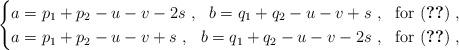
LaTeX: \begin{align*} \begin{cases} a = p_1+p_2-u-v-2s \ , \ \ b = q_1+q_2-u-v+s \ , \ \ \mbox{for (\ref{psi-1case})} \ , \\ a = p_1+p_2-u-v+s \ , \ \ b = q_1+q_2-u-v-2s \ , \ \ \mbox{for (\ref{psi-2case})} \ , \end{cases} \end{align*}